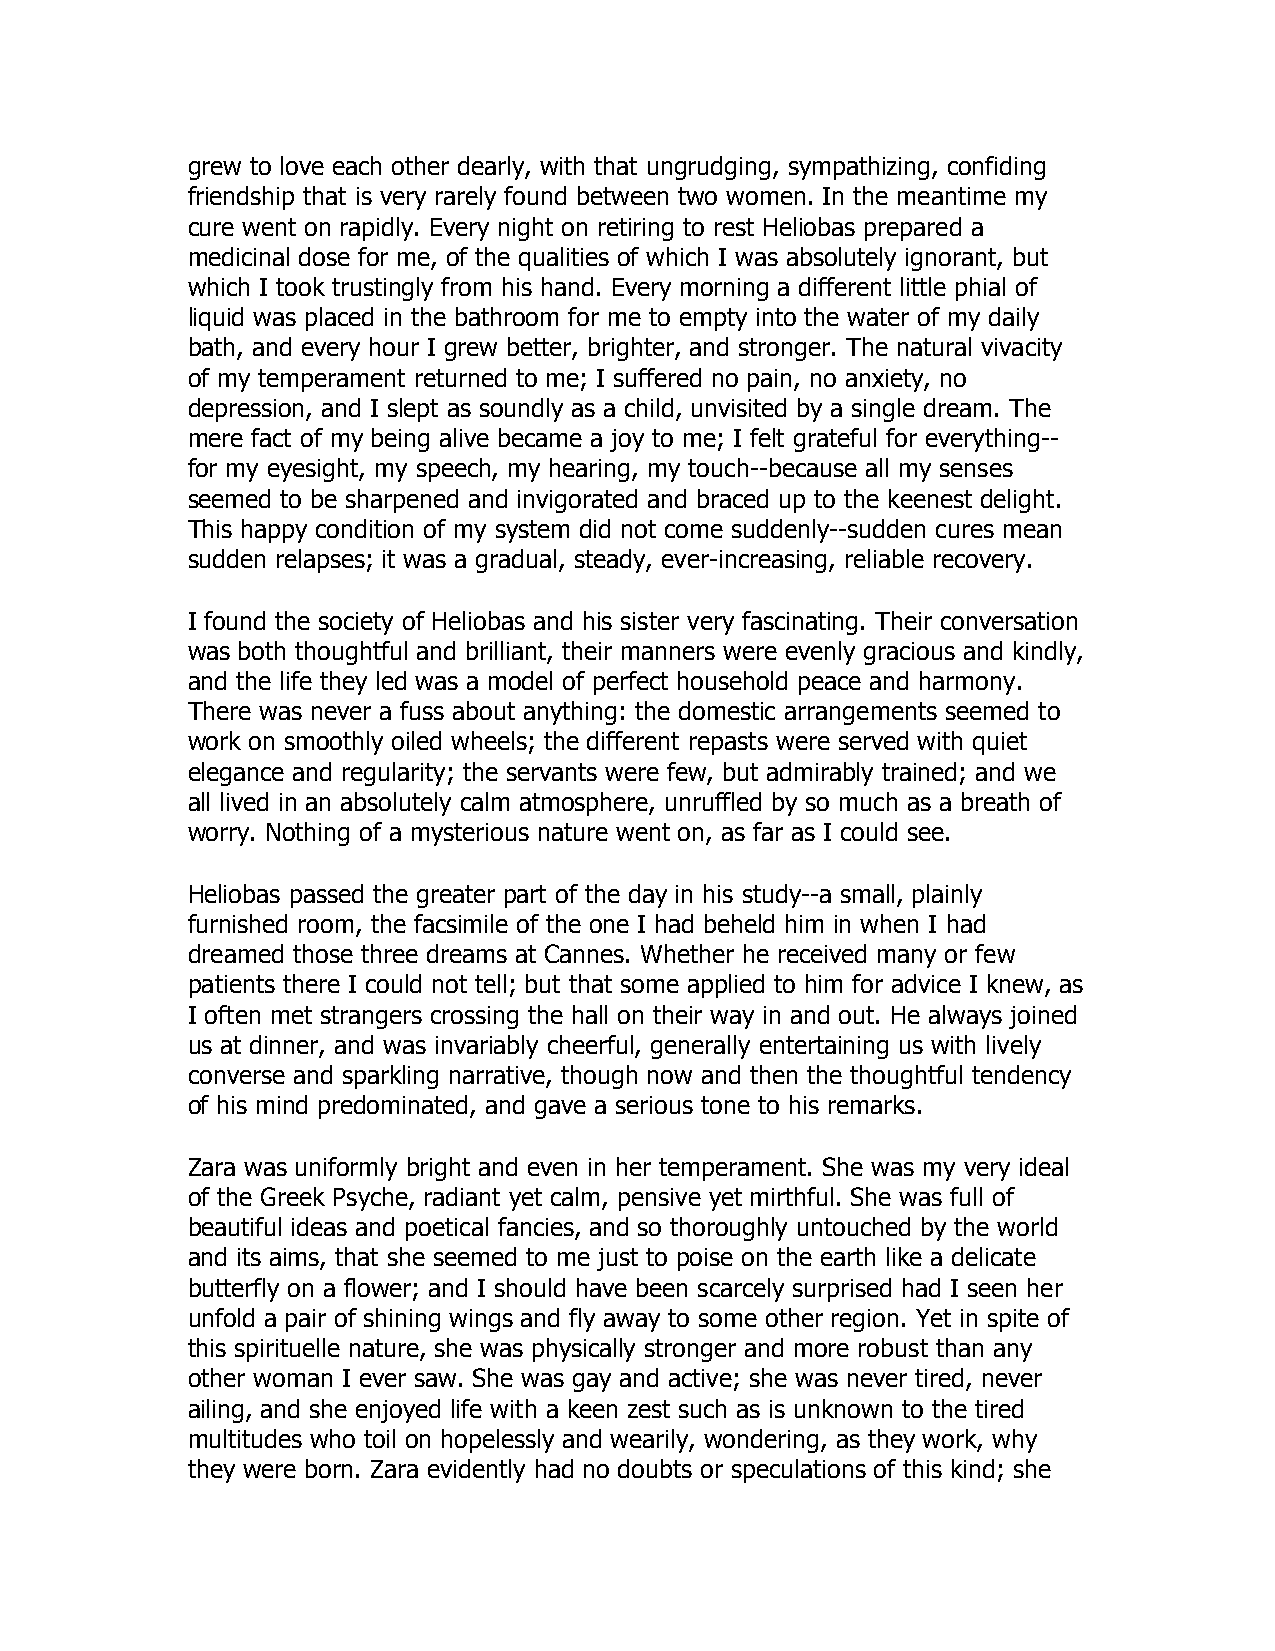
grew to love each other dearly, with that ungrudging, sympathizing, confiding
 friendship that is very rarely found between two women. In the meantime my
 cure went on rapidly. Every night on retiring to rest Heliobas prepared a
 medicinal dose for me, of the qualities of which I was absolutely ignorant, but
 which I took trustingly from his hand. Every morning a different little phial of
 liquid was placed in the bathroom for me to empty into the water of my daily
 bath, and every hour I grew better, brighter, and stronger. The natural vivacity
 of my temperament returned to me; I suffered no pain, no anxiety, no
 depression, and I slept as soundly as a child, unvisited by a single dream. The
 mere fact of my being alive became a joy to me; I felt grateful for everything--
 for my eyesight, my speech, my hearing, my touch--because all my senses
 seemed to be sharpened and invigorated and braced up to the keenest delight.
 This happy condition of my system did not come suddenly--sudden cures mean
 sudden relapses; it was a gradual, steady, ever-increasing, reliable recovery.
 I found the society of Heliobas and his sister very fascinating. Their conversation
 was both thoughtful and brilliant, their manners were evenly gracious and kindly,
 and the life they led was a model of perfect household peace and harmony.
 There was never a fuss about anything: the domestic arrangements seemed to
 work on smoothly oiled wheels; the different repasts were served with quiet
 elegance and regularity; the servants were few, but admirably trained; and we
 all lived in an absolutely calm atmosphere, unruffled by so much as a breath of
 worry. Nothing of a mysterious nature went on, as far as I could see.
 Heliobas passed the greater part of the day in his study--a small, plainly
 furnished room, the facsimile of the one I had beheld him in when I had
 dreamed those three dreams at Cannes. Whether he received many or few
 patients there I could not tell; but that some applied to him for advice I knew, as
 I often met strangers crossing the hall on their way in and out. He always joined
 us at dinner, and was invariably cheerful, generally entertaining us with lively
 converse and sparkling narrative, though now and then the thoughtful tendency
 of his mind predominated, and gave a serious tone to his remarks.
 Zara was uniformly bright and even in her temperament. She was my very ideal
 of the Greek Psyche, radiant yet calm, pensive yet mirthful. She was full of
 beautiful ideas and poetical fancies, and so thoroughly untouched by the world
 and its aims, that she seemed to me just to poise on the earth like a delicate
 butterfly on a flower; and I should have been scarcely surprised had I seen her
 unfold a pair of shining wings and fly away to some other region. Yet in spite of
 this spirituelle nature, she was physically stronger and more robust than any
 other woman I ever saw. She was gay and active; she was never tired, never
 ailing, and she enjoyed life with a keen zest such as is unknown to the tired
 multitudes who toil on hopelessly and wearily, wondering, as they work, why
 they were born. Zara evidently had no doubts or speculations of this kind; she